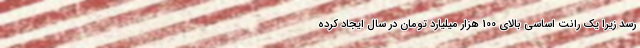
رسد زیرا یک رانت اساسی بالای 100 هزار میلیارد تومان در سال ایجاد کرده